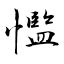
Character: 懢